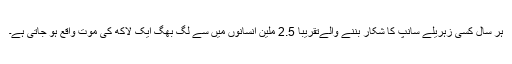
ہر سال کسی زہریلے سانپ کا شکار بننے والےتقریباً 2.5 ملین انسانوں میں سے لگ بھگ ایک لاکھ کی موت واقع ہو جاتی ہے۔